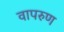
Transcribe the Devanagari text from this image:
वापरुण